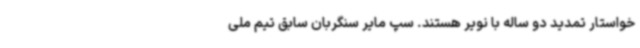
خواستار تمدید دو ساله با نویر هستند. سپ مایر سنگربان سابق تیم ملی